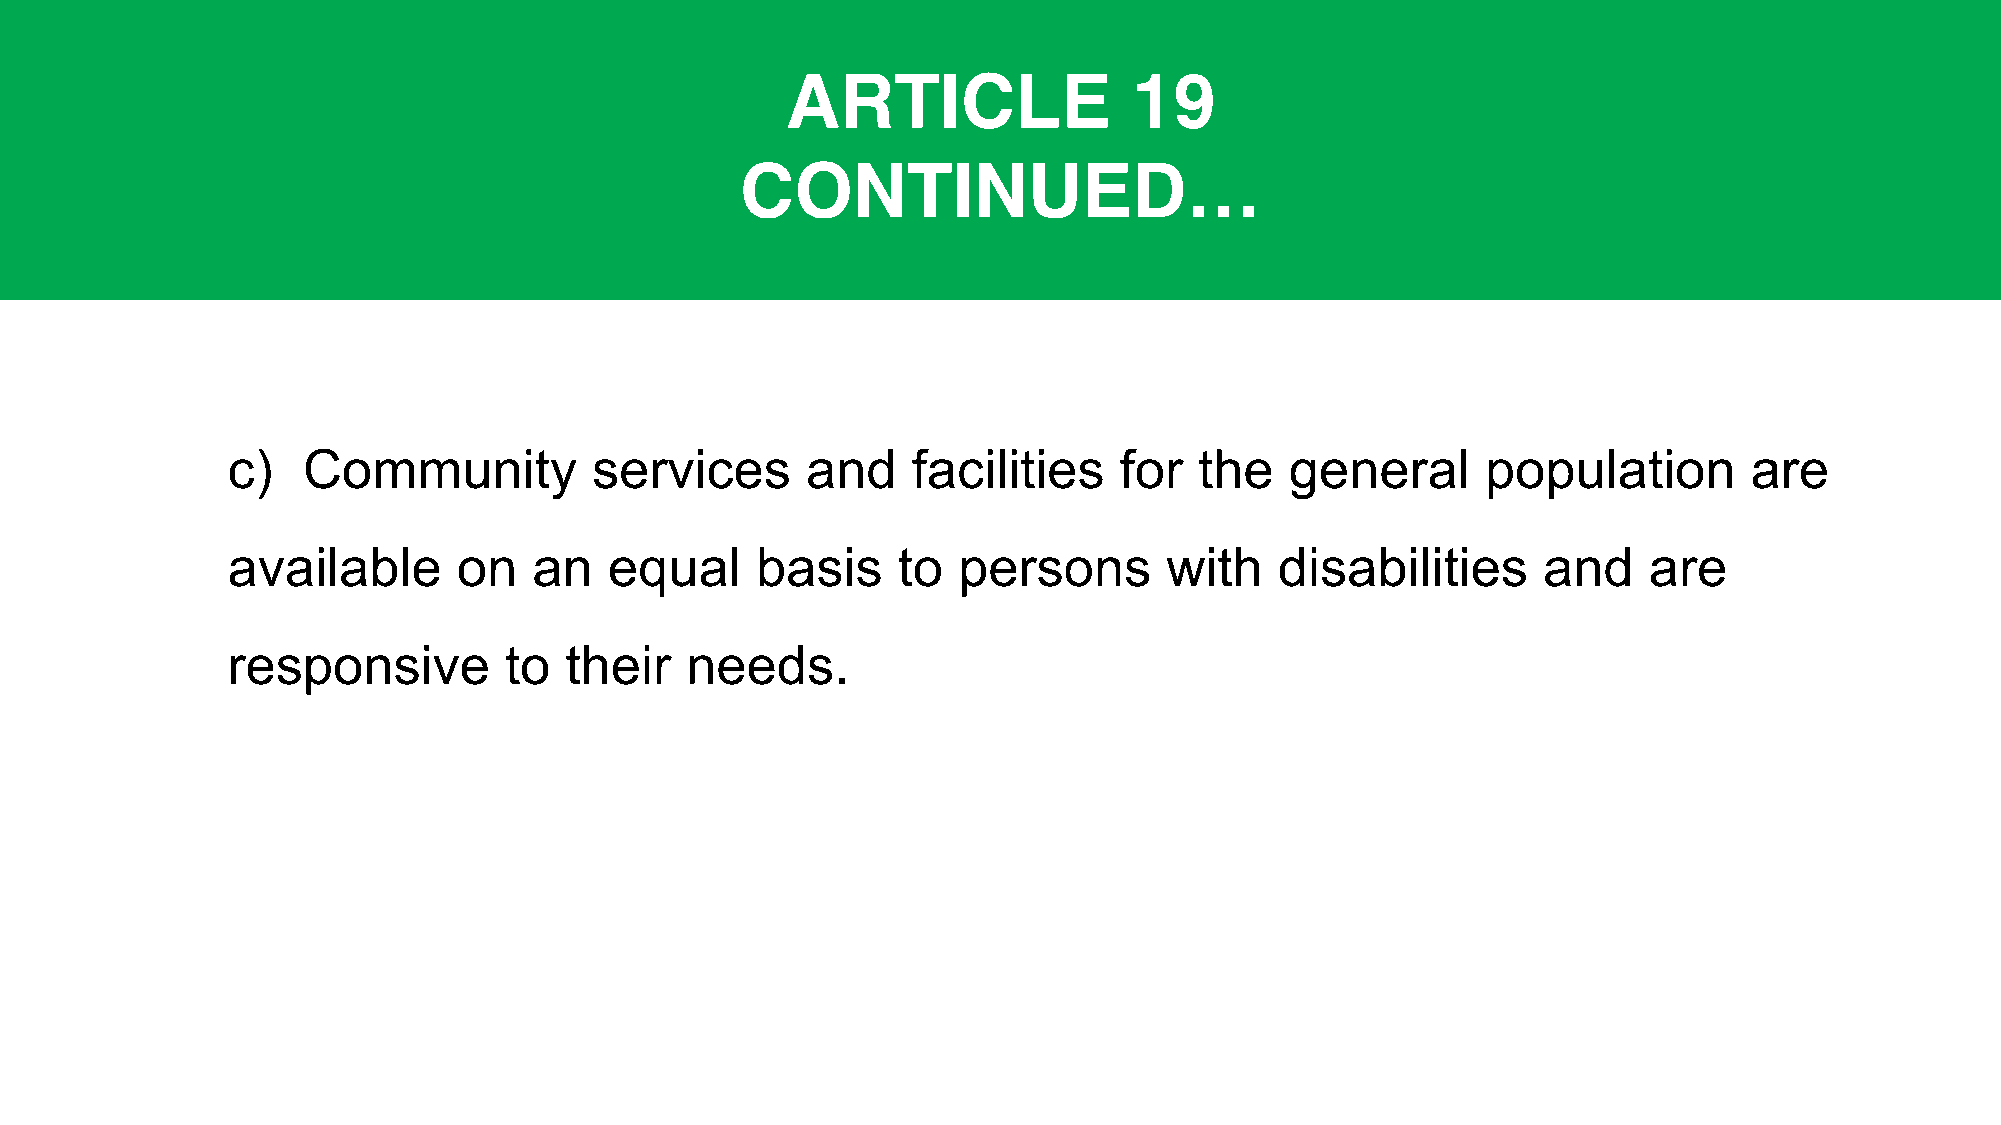
ARTICLE                19
 CONTINUED…
 c)   Community          services      and    facilities    for  the   general      population        are
 available      on   an   equal     basis    to  persons       with    disabilities     and    are
 responsive        to  their   needs.